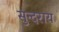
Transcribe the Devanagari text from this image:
सुन्दराय